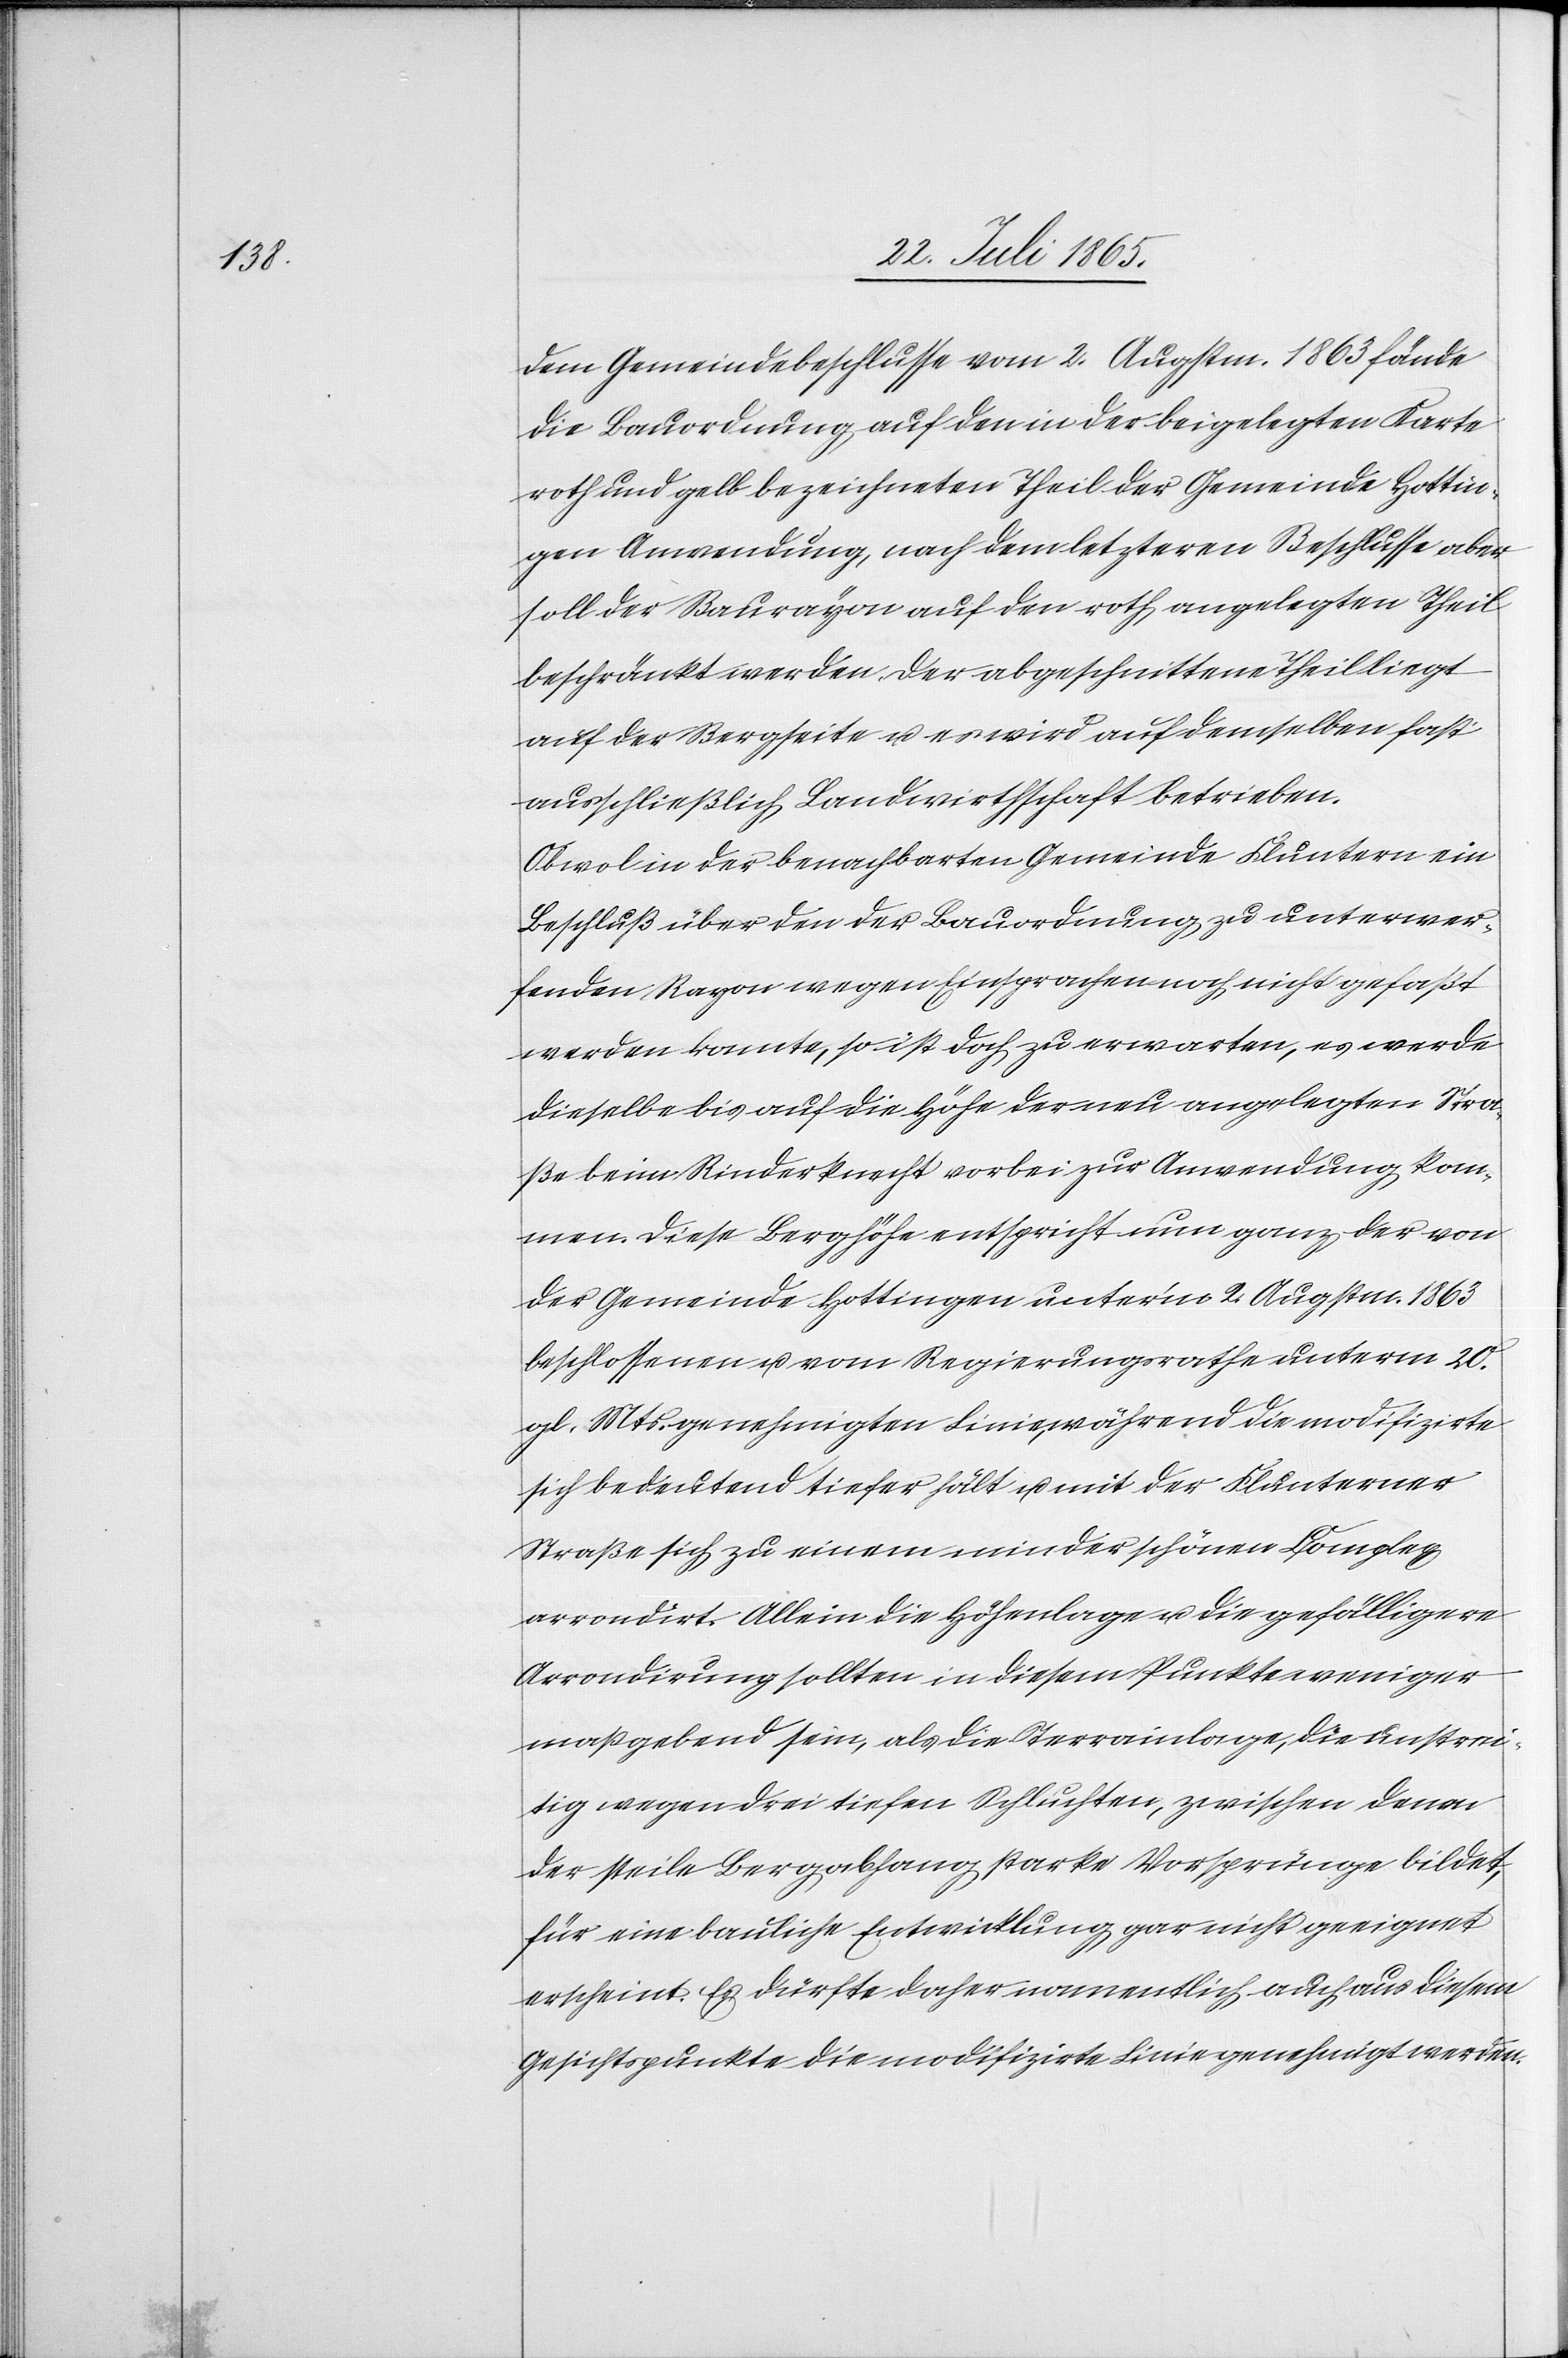
dem Gemeindebeschlusse vom 2. Augstm. 1863 fände
die Bauordnung auf den in der beigelegten Karte
roth und gelb bezeichneten Theil der Gemeinde Hottin¬
gen Anwendung, nach dem letzteren Beschlusse aber
soll der Baurayon auf den roth angelegten Theil
beschränkt werden. Der abgeschnittene Theil liegt
auf der Bergseite u. es wird auf demselben fast
ausschließlich Landwirthschaft betrieben.
Obwol in der benachbarten Gemeinde Fluntern ein
Beschluß über den der Bauordnung zu unterwer¬
fenden Rayon wegen Einsprachen noch nicht gefaßt
werden konnte, so ist doch zu erwarten, es werde
dieselbe bis auf die Höhe der neu angelegten Stra¬
ße beim Rinderknecht vorbei zur Anwendung kom¬
men. Diese Berghöhe entspricht nun ganz der von
der Gemeinde Hottingen unter’m 2. Augstm. 1863
beschlossenen u. vom Regierungsrathe unterm 20.
gl. Mts. genehmigten Linie, während die modifizirte
sich bedeutend tiefer hält u. mit der Flunterner
Straße sich zu einem minder schönen Complex
arrondirt. Allein die Höhenlage u. die gefälligere
Arrondirung sollten in diesem Punkte weniger
maßgebend sein, als die Terrainlage, die unstrei¬
tig wegen drei tiefen Schluchten, zwischen denen
der steile Bergabhang starke Vorsprünge bildet,
für eine bauliche Entwicklung gar nicht geeignet
erscheint. Es dürfte daher namentlich auch aus diesem
Gesichtspunkte die modifizirte Linie genehmigt werden.